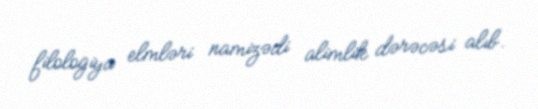
filologiya elmləri namizədi alimlik dərəcəsi alıb.